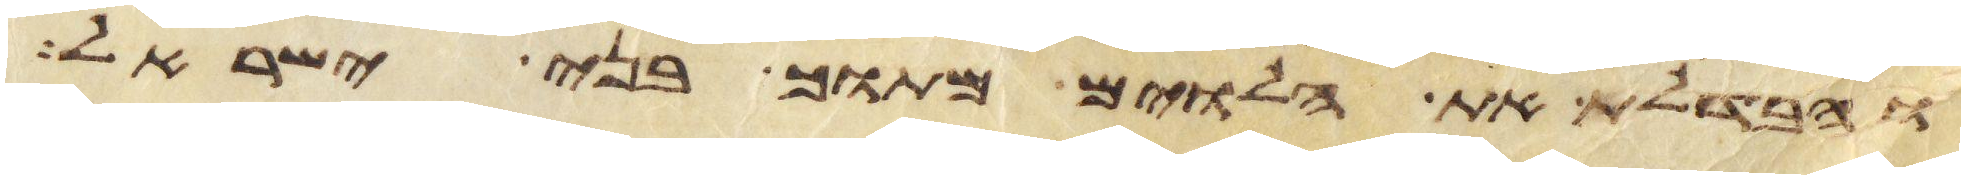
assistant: והבדלת את הלוים מתוך בני ישראל